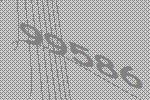
99586